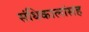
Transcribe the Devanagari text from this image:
संधिकालांसह